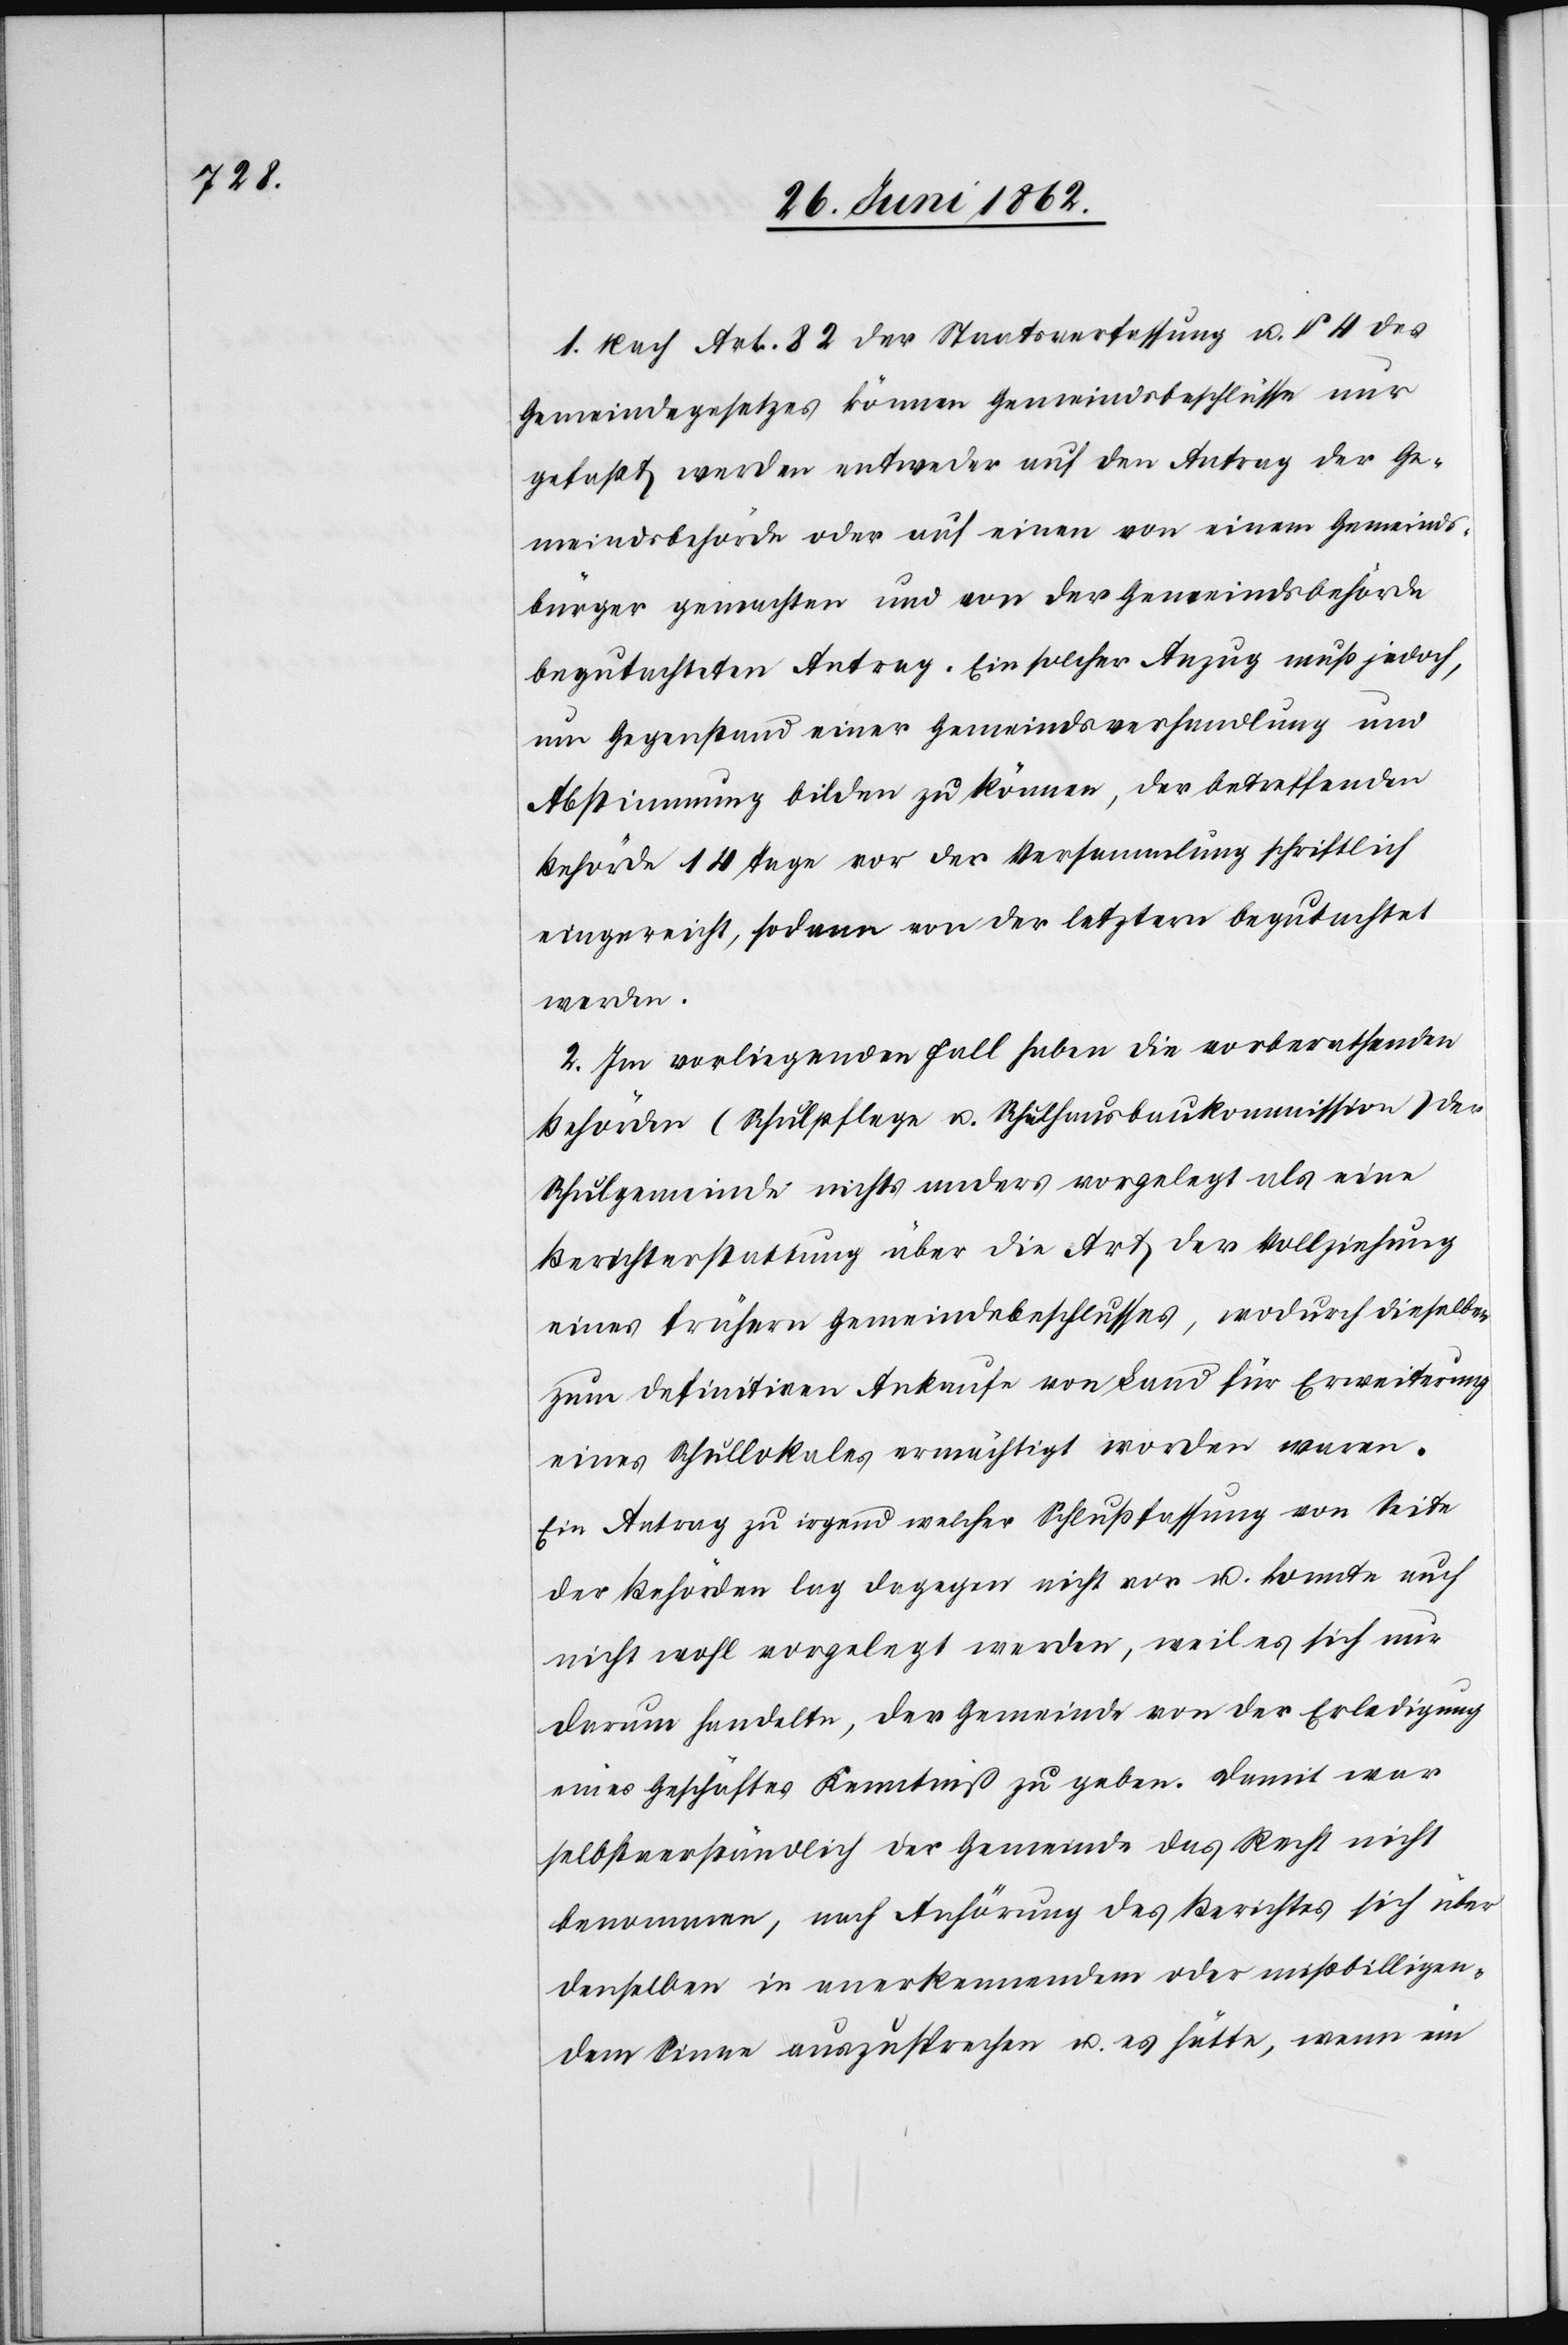
1. Nach Art. 82 der Staatsverfassung u. § 4 des
Gemeindegesetzes können Gemeindsbeschlüsse nur
gefaßt werden entweder auf den Antrag der Ge¬
meindsbehörde oder auf einen von einem Gemeinds¬
bürger gemachten und von der Gemeindsbehörde
begutachteten Antrag. Ein solcher Anzug muß jedoch,
um Gegenstand einer Gemeindsverhandlung und
Abstimmung bilden zu können, der betreffenden
Behörde 14 Tage vor der Versammlung schriftlich
eingereicht, sodann von der letztern begutachtet
werden.
2. Im vorliegenden Fall haben die vorberathenden
Behörden (Schulpflege u. Schulhausbaukommission) der
Schulgemeinde nichts anders vorgelegt als eine
Berichterstattung über die Art der Vollziehung
eines frühern Gemeindsbeschlusses, wodurch dieselben
zum definitiven Ankaufe von Land für Erweiterung
eines Schullokales ermächtigt worden waren.
Ein Antrag zu irgend welcher Schlußfassung von Seite
der Behörden lag dagegen nicht vor u. konnte auch
nicht wohl vorgelegt werden, weil es sich nur
darum handelte, der Gemeinde von der Erledigung
eines Geschäftes Kenntniß zu geben. Damit war
selbstverständlich der Gemeinde das Recht nicht
benommen, nach Anhörung des Berichtes sich über
denselben in anerkennendem oder mißbilligen¬
dem Sinne auszusprechen u. es hätte, wenn ein